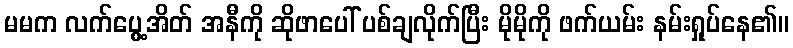
မမက လက်ပွေ့အိတ် အနီကို ဆိုဖာပေါ် ပစ်ချလိုက်ပြီး မိုမိုကို ဖက်ယမ်း နမ်းရှုပ်နေ၏။